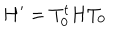
H ^ { \prime } = T _ { 0 } ^ { t } H T _ { 0 }